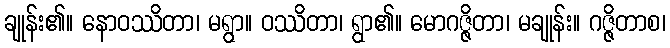
ချုန်း၏။ နောဝဿိတာ၊ မရွာ။ ဝဿိတာ၊ ရွာ၏။ မောဂဇ္ဇိတာ၊ မချုန်း။ ဂဇ္ဇိတာစ၊